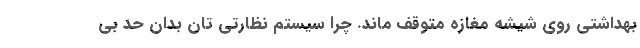
بهداشتی روی شیشه مغازه متوقف ماند. چرا سیستم نظارتی تان بدان حد بی